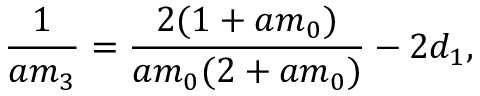
\frac { 1 } { a m _ { 3 } } = \frac { 2 ( 1 + a m _ { 0 } ) } { a m _ { 0 } ( 2 + a m _ { 0 } ) } - 2 d _ { 1 } ,